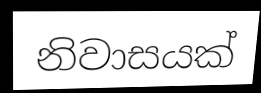
නිවාසයක්